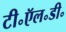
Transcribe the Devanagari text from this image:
टी॰ऍल॰डी॰